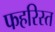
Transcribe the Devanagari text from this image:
फहरिस्त